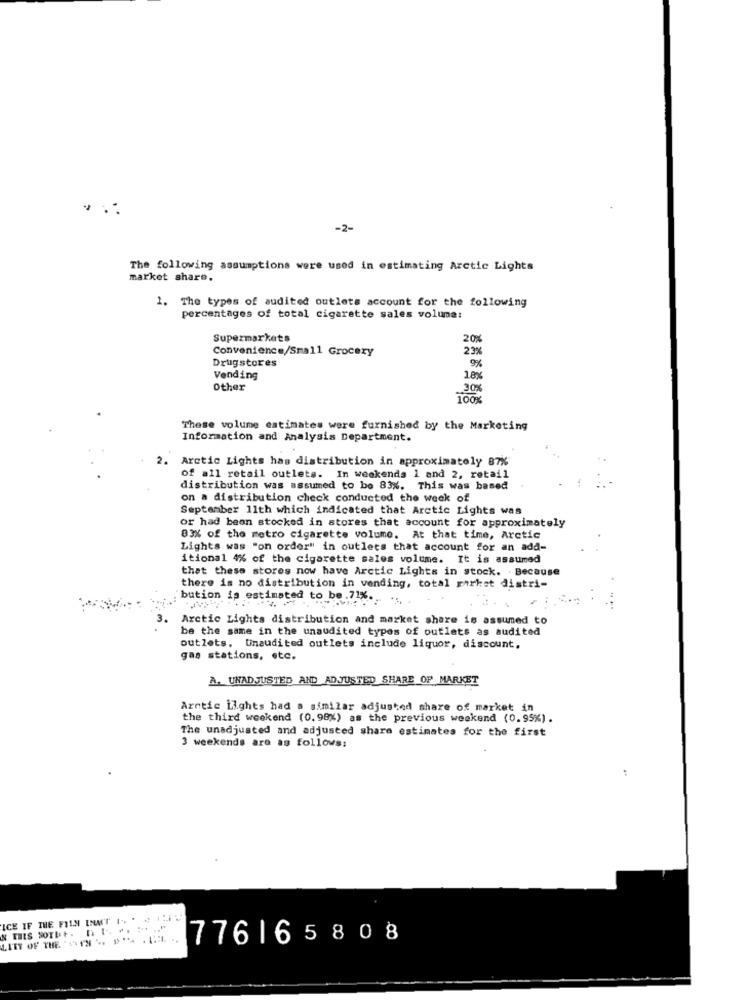
-2-
The following assumptions were used in estimating Arctic Lights
market share,
1. The types of audited outlets account for the following
percentages of total cigarette sales volume:
Supermarkets
20%
Convenience/Small Grocery
23%
Drugstores
9%
Vending
189
Other
30%
100%
These volume estimates were furnished by the Marketing
Information and Analysis Department.
2.
Arctic Lights has distribution in approximately 87%
of all retail outlets. In weekends 1 and 2, retail
distribution was assumed to be 83%. This was based
on a distribution check conducted the week of
September 11th which indicated that Arctic Lights was
or had been stocked in stores that account for approximately
83% of the metro cigarette volume. At that time, Arctic
Lights was "on order" in outlets that account for an add-
itional 4% of the cigarette sales volume. It is assumed
that these stores now have Arctic Lights in stock. . Because
there is no distribution in vending, total parket distri-
bution is estimated to be .71% ... ...
3.
Arctic Lights distribution and market share is assumed to
be the same in the unaudited types of outlets as audited
outlets. Unaudited outlets include liquor, discount.
gas stations, etc.
A. UNADJUSTED AND ADJUSTED SHARE OF MARKET
Arctic Lights had a similar adjusted share of market in
the third weekend (0.98%) as the previous weekend (0.95%).
The unadjusted and adjusted share estimates for the first
3 weekends are as follows:
:
ICE IF THE FILN LWWT 1.
LITT OF THE SIN .. ... . ..
776165808